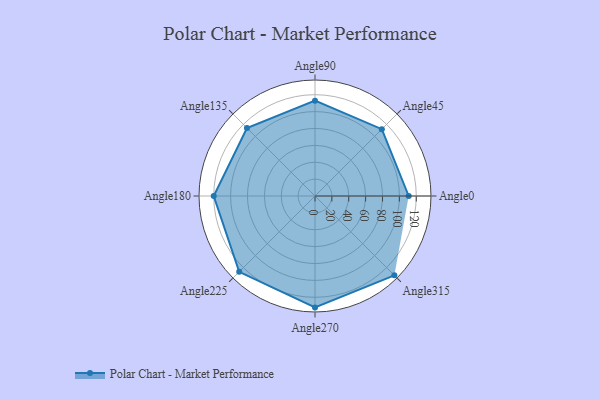
{"axis": {"x": "Angle", "y": "Radius"}, "legend": [""], "data": [{"x": "Angle0", "y": 111.0, "type": ""}, {"x": "Angle45", "y": 112.0, "type": ""}, {"x": "Angle90", "y": 113.0, "type": ""}, {"x": "Angle135", "y": 114.0, "type": ""}, {"x": "Angle180", "y": 120.0, "type": ""}, {"x": "Angle225", "y": 127.0, "type": ""}, {"x": "Angle270", "y": 132.0, "type": ""}, {"x": "Angle315", "y": 133.0, "type": ""}]}